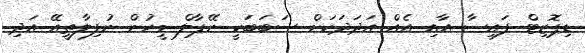
ޑިޕޮޒިޓް ފައިސާ އާއި އެއް އަދަދަކަށް ސަބަބަކީ ނޭޕާލް މީހުން ނުފިލާތީއޭ އަދި